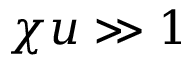
\chi u \gg 1